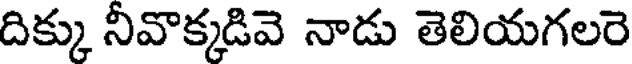
దిక్కు నీవొక్కడివె నాడు తెలియగలరె